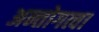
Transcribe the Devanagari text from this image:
अन्तोगत्वा